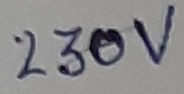
Text: 230V